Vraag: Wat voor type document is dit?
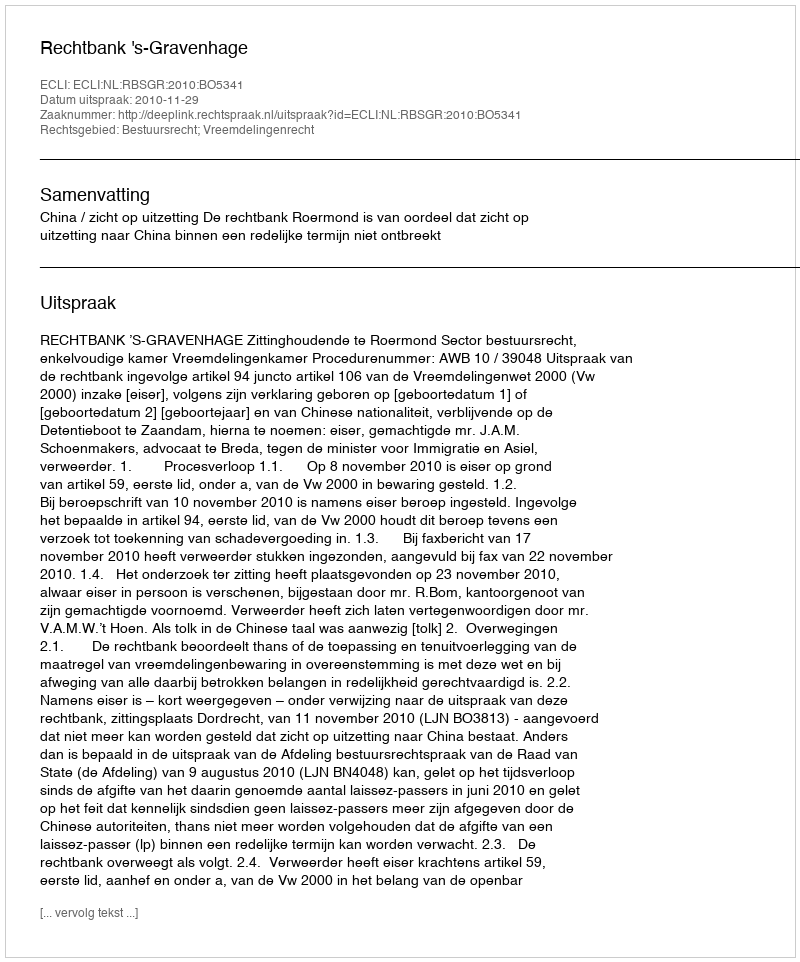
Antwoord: Uitspraak